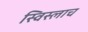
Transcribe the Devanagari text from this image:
स्विस्लाच